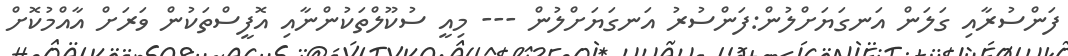
ފަންސުރާއި ގަލަން އަނގަޔަށްލުން:ފަންސުރު އަނގަޔަށްލުން --- މިއީ ސުކޫލްތަކުންނާއި އޮފީސްތަކުން ވަރަށް އާއްމުކޮށް